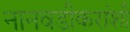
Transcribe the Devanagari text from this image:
नानवडीकरांशी